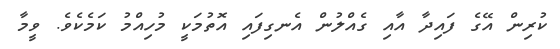
ކުރިން އޭގެ ފައިދާ އާއި ގެއްލުން އެނގިފައި އޮތުމަކީ މުހިއްމު ކަމެކެވެ. ވީމާ